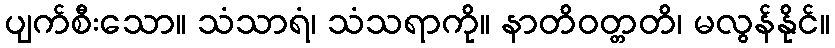
ပျက်စီးသော။ သံသာရံ၊ သံသရာကို။ နာတိဝတ္တတိ၊ မလွန်နိုင်။